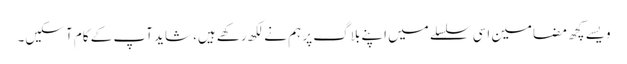
ویسے کچھ مضامین اسی سلسلے میں اپنے بلاگ پر ہم نے لکھ رکھے ہیں، شاید آپ کے کام آ سکیں۔